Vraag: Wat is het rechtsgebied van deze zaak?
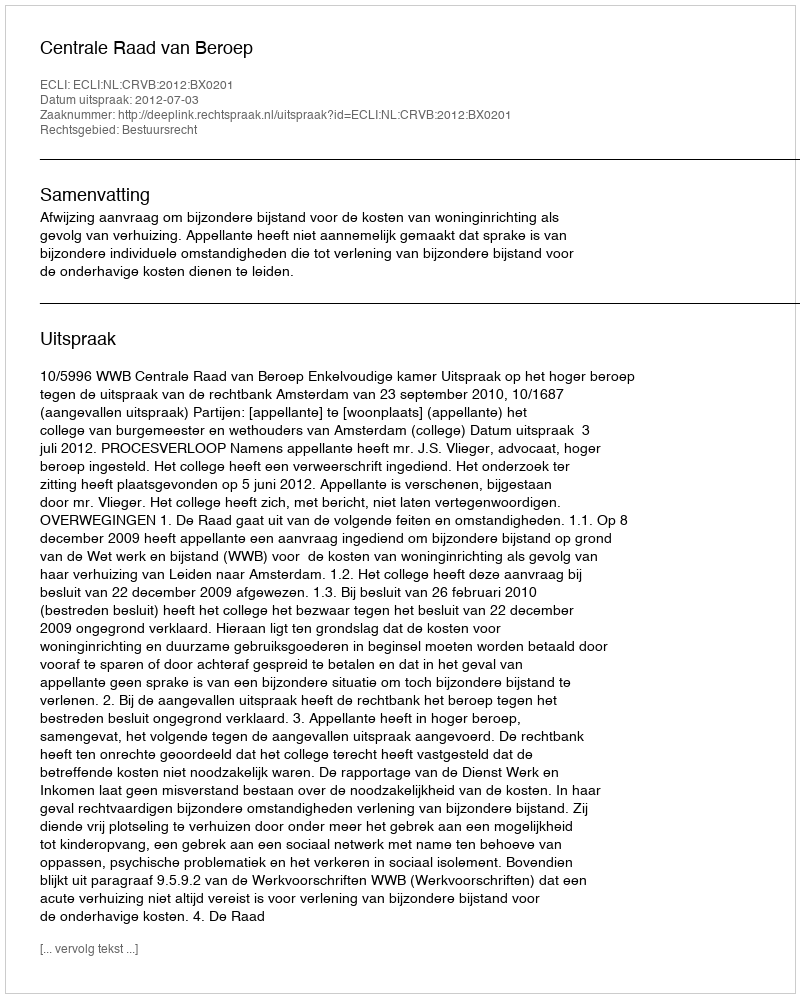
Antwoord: Bestuursrecht